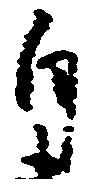
自